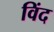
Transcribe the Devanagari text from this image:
विंद